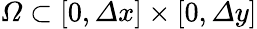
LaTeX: \varOmega\subset[0,\varDelta x]\times[0,\varDelta y]